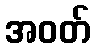
အဝတ်